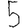
Digit: 5